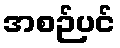
အစဉ်ပင်